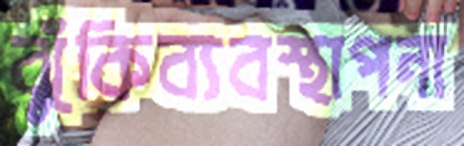
ঝুঁকিব্যবস্থাপনা